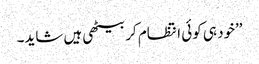
’’خود ہی کوئی انتظام کر بیٹھی ہیں شاید۔